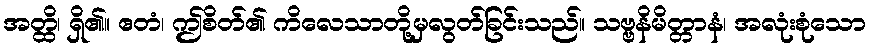
အတ္ထိ၊ ရှိ၏။ ဧတံ၊ ဤစိတ်၏ ကိလေသာတို့မှလွတ်ခြင်းသည်။ သဗ္ဗနိမိတ္တာနံ၊ အလုံးစုံသော